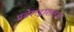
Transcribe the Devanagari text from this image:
प्रवेशद्वारातच